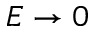
E \rightarrow 0